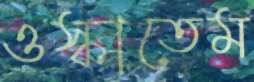
ওস্‌কাতেম